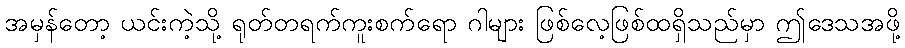
အမှန်တော့ ယင်းကဲ့သို့ ရုတ်တရက်ကူးစက်ရော ဂါများ ဖြစ်လေ့ဖြစ်ထရှိသည်မှာ ဤဒေသအဖို့